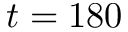
t = 1 8 0